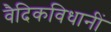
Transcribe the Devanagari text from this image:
वैदिकविधानीं